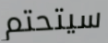
سيتحتم